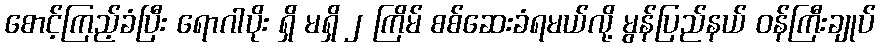
စောင့်ကြည့်ခံပြီး ရောဂါပိုး ရှိ မရှိ ၂ ကြိမ် စစ်ဆေးခံရမယ်လို့ မွန်ပြည်နယ် ဝန်ကြီးချုပ်